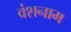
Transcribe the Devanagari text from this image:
वंशनाम